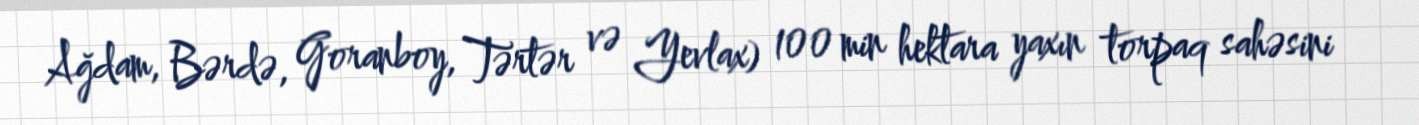
Ağdam, Bərdə, Goranboy, Tərtər və Yevlax) 100 min hektara yaxın torpaq sahəsini